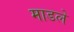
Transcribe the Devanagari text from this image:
माडले